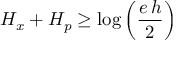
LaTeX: H _ { x } + H _ { p } \geq \log \left( { \frac { e \, h } { 2 } } \right)